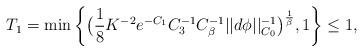
LaTeX: \begin{align*}T_1 = \min \bigg\{ \big( \frac{1}{8} K^{-2} e^{-C_1} C_3^{-1} C_\beta^{-1} || d \phi ||_{C_0}^{-1} \big)^{\frac{1}{\beta}} , 1 \bigg\} \leq 1,\end{align*}